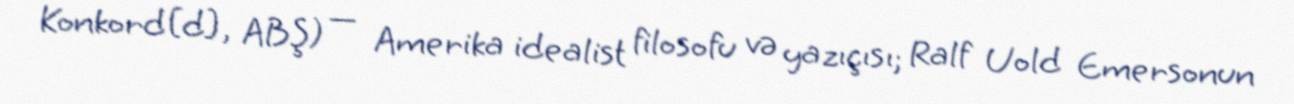
Konkord[d], ABŞ) — Amerika idealist filosofu və yazıçısı; Ralf Uold Emersonun